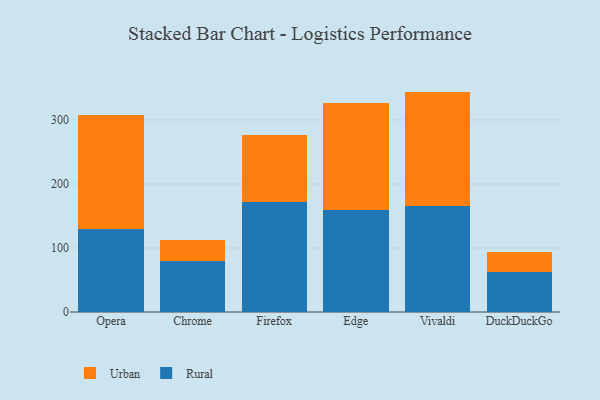
{"axis": {"x": "Browser", "y": "Energy Usage (MWh)"}, "legend": ["Rural", "Urban"], "data": [{"x": "Opera", "y": 129.1, "type": "Rural"}, {"x": "Opera", "y": 177.8, "type": "Urban"}, {"x": "Chrome", "y": 80.2, "type": "Rural"}, {"x": "Chrome", "y": 33.0, "type": "Urban"}, {"x": "Firefox", "y": 171.3, "type": "Rural"}, {"x": "Firefox", "y": 105.2, "type": "Urban"}, {"x": "Edge", "y": 159.1, "type": "Rural"}, {"x": "Edge", "y": 166.7, "type": "Urban"}, {"x": "Vivaldi", "y": 165.5, "type": "Rural"}, {"x": "Vivaldi", "y": 178.7, "type": "Urban"}, {"x": "DuckDuckGo", "y": 62.2, "type": "Rural"}, {"x": "DuckDuckGo", "y": 30.8, "type": "Urban"}]}